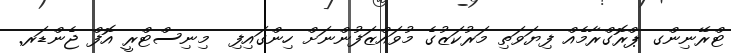
ޓްރޭނިންގ ޕްރޮގްރާމެއް ފިޔަވަތި މަރުކަޒުގެ މުވައްޒަފުންނަށް ހިންގައިފި  މިނިސްޓްރީ އޮފް ޖެންޑަރ